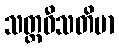
သတ္တဝီသတိမာ